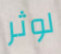
لوثر